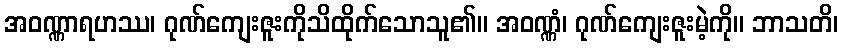
အဝဏ္ဏာရဟဿ၊ ဂုဏ်ကျေးဇူးကိုသိထိုက်သောသူ၏။ အဝဏ္ဏံ၊ ဂုဏ်ကျေးဇူးမဲ့ကို။ ဘာသတိ၊